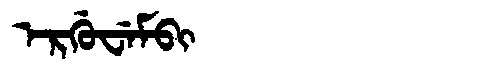
Manchu: ᡝᡵᡤᡠᠸᡝᠮᠪᡳ
Romanization: ERGUWEMBI